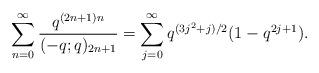
LaTeX: \begin{align*} \sum_{n=0}^{\infty} \frac{ q^{(2n+1)n}}{(-q;q)_{2n+1}} = \sum_{j=0}^\infty q^{(3j^2+j)/2}(1-q^{2j+1}).\end{align*}